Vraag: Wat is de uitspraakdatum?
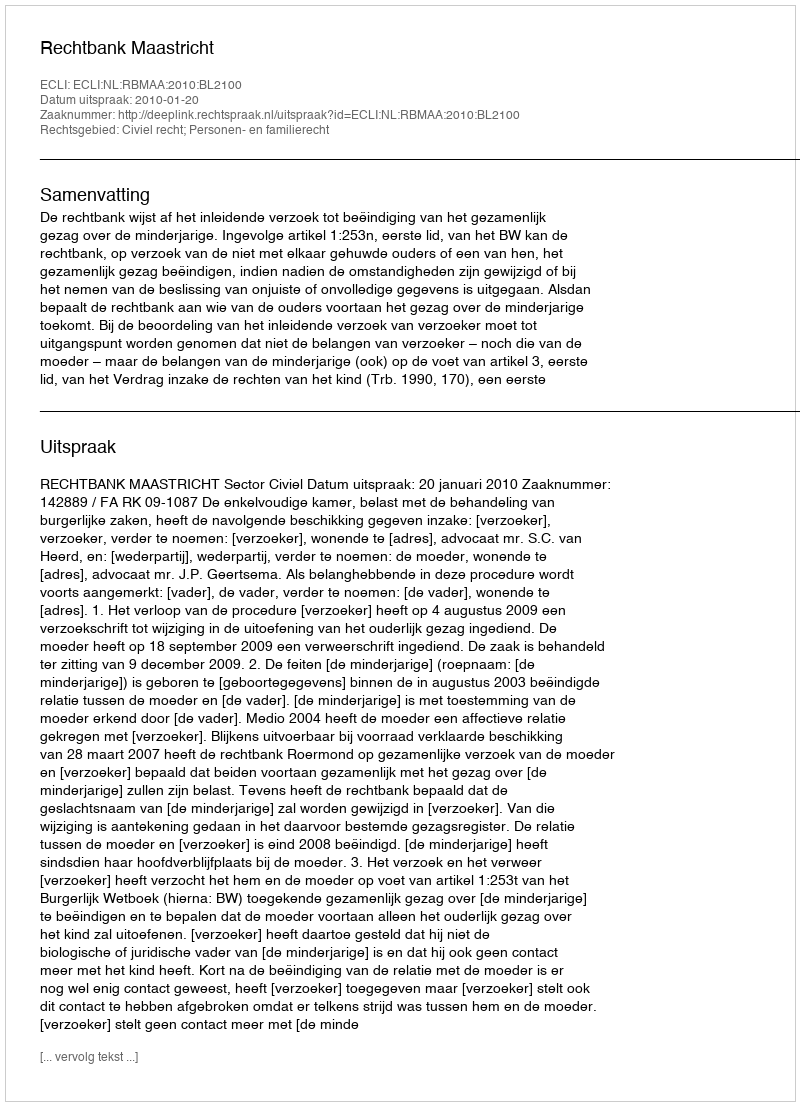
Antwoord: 2010-01-20